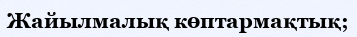
Жайылмалық көптармақтық;